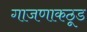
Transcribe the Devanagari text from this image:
गाजणाकठूड